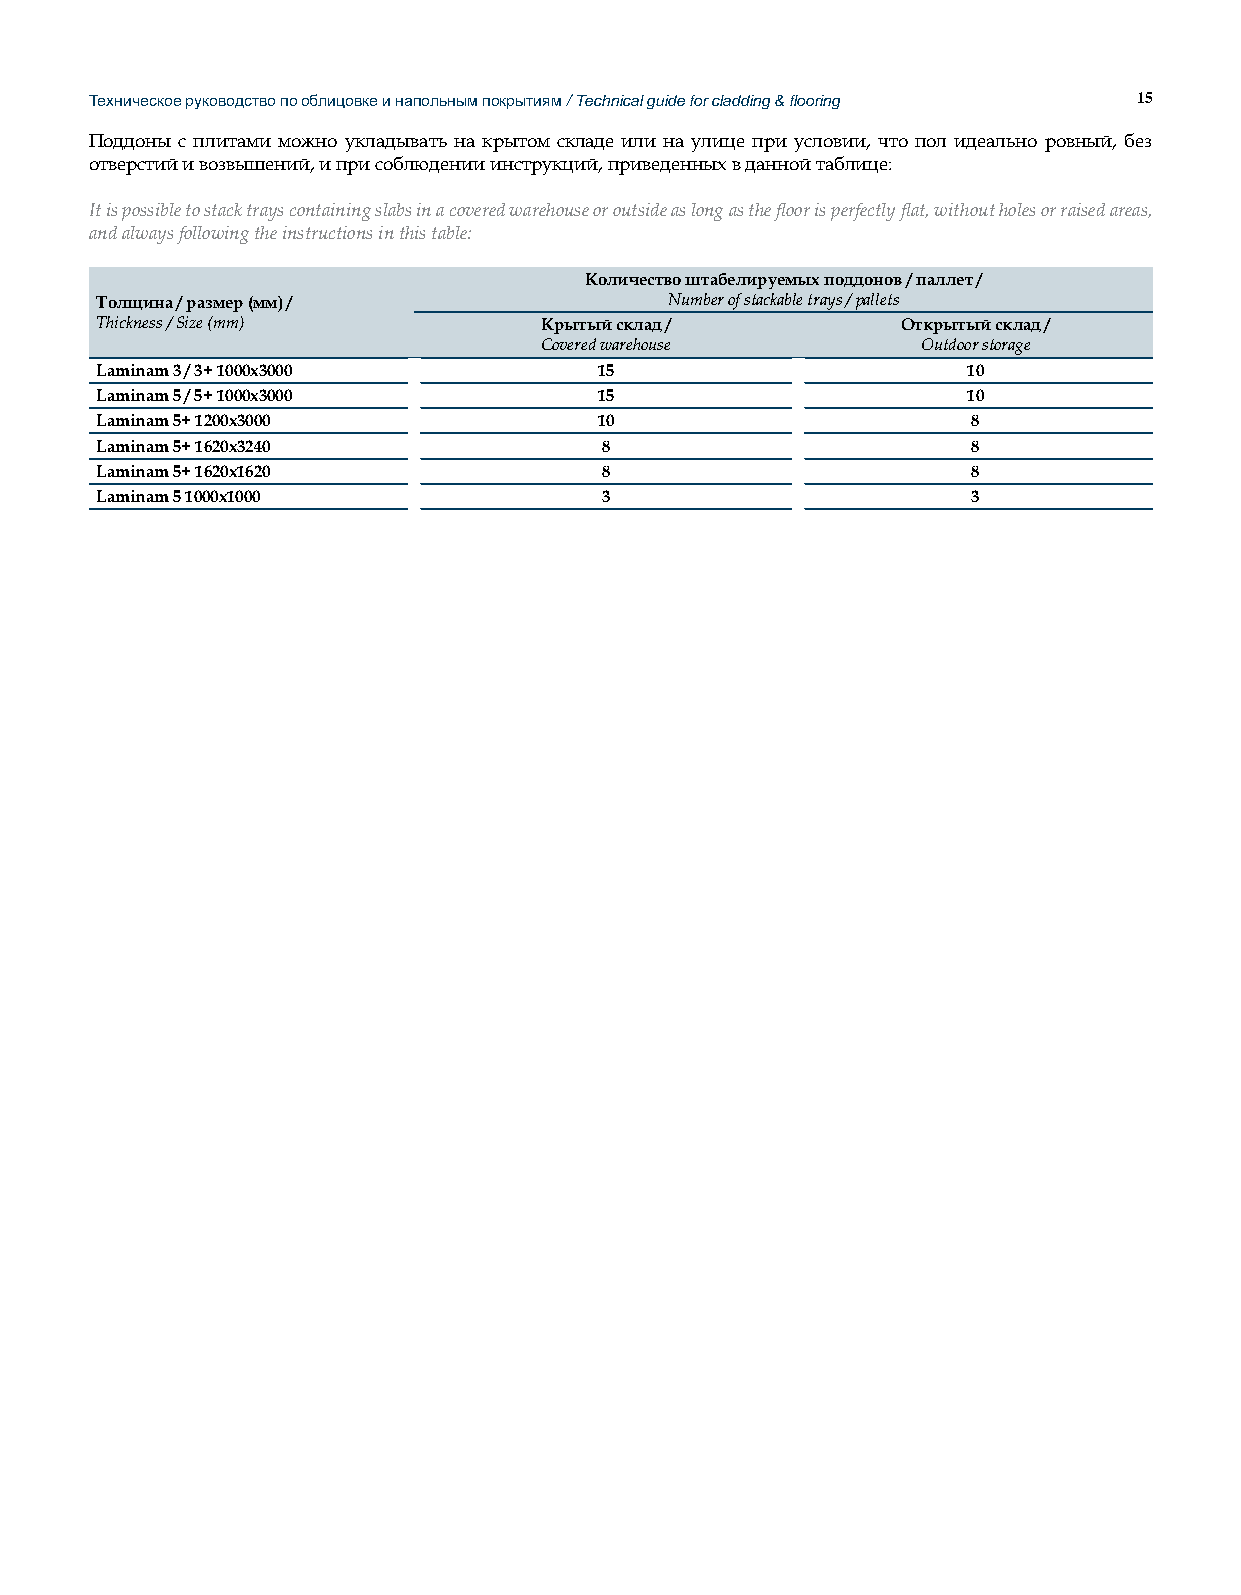
Техническое руководство по облицовке и напольным покрытиям / Technical guide for cladding & flooring 15
 Поддоны с плитами можно укладывать на крытом складе или на улице при условии, что пол идеально ровный, без
 отверстий и возвышений, и при соблюдении инструкций, приведенных в данной таблице:
 It is possible to stack trays containing slabs in a covered warehouse or outside as long as the floor is perfectly flat, without holes or raised areas,
 and always following the instructions in this table:
 Количество штабелируемых поддонов / паллет /
 Толщина / размер (мм) /               Number of stackable trays / pallets
 Thickness / Size (mm)         Крытый склад /          Открытый склад /
 Covered warehouse        Outdoor storage
 Laminam 3 / 3+ 1000x3000          15                      10
 Laminam 5 / 5+ 1000x3000          15                      10
 Laminam 5+ 1200x3000              10                      8
 Laminam 5+ 1620x3240              8                       8
 Laminam 5+ 1620x1620              8                       8
 Laminam 5 1000x1000               3                       3